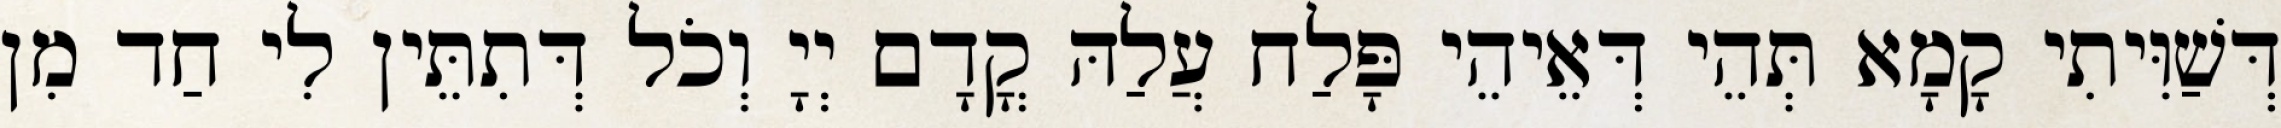
דְּשַׁוִּיתִי קָמָא תְּהֵי דְּאֵיהֵי פָּלַח עֲלַהּ קֳדָם יְיָ וְכֹל דְּתִתֵּין לִי חַד מִן